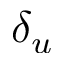
\delta _ { u }